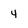
Character: 4